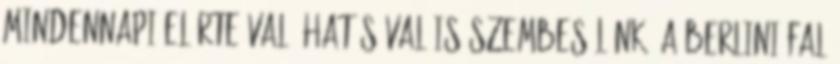
mindennapi elérte való hatásával is szembesülünk. A Berlini fal